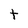
Character: t